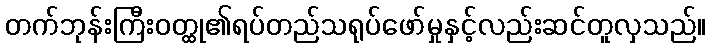
တက်ဘုန်းကြီးဝတ္ထု၏ရပ်တည်သရုပ်ဖော်မှုနှင့်လည်းဆင်တူလှသည်။